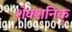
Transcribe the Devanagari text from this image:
शेक्शनिक्